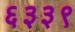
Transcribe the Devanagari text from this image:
६३३९